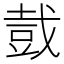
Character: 𧯥